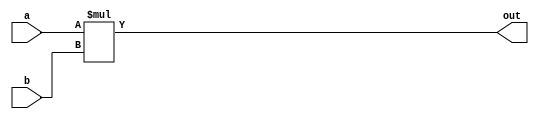
module multiplier_2_bit_21BCE3546(out,a,b);
output [3:0]out;
input [1:0]a;
input [1:0]b;
assign out=a*b;
endmodule